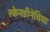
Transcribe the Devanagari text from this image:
स्केनडीनेविया